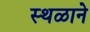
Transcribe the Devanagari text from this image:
स्थळाने